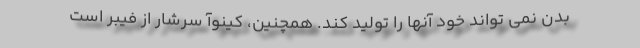
بدن نمی تواند خود آنها را تولید کند. همچنین، کینوآ سرشار از فیبر است